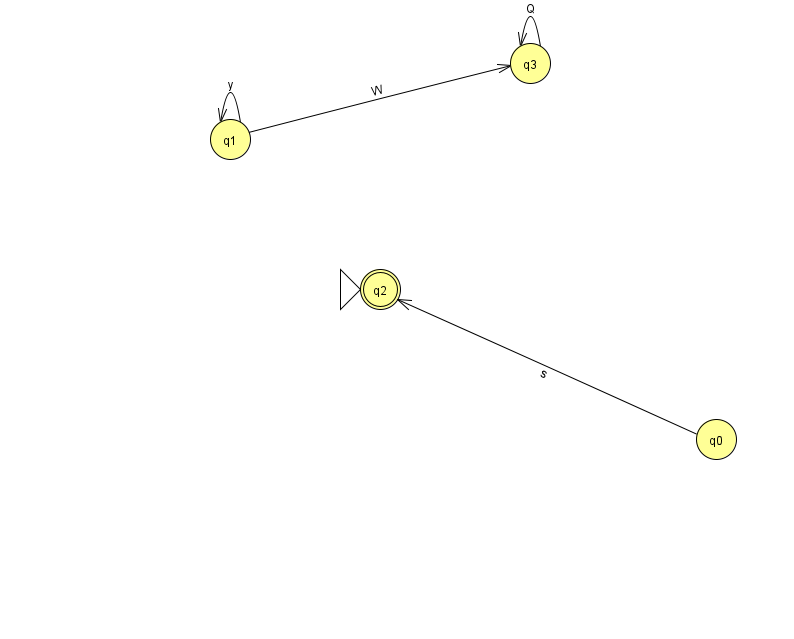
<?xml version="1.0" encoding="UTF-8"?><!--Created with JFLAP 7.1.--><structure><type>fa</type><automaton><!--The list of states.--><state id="0" name="q0"><x>716.0</x><y>426.0</y></state><state id="1" name="q1"><x>230.0</x><y>126.0</y></state><state id="2" name="q2"><x>380.0</x><y>276.0</y><initial/><final/></state><state id="3" name="q3"><x>530.0</x><y>50.0</y></state><!--The list of transitions.--><transition><from>0</from><to>2</to><read>s</read></transition><transition><from>3</from><to>3</to><read>Q</read></transition><transition><from>1</from><to>1</to><read>y</read></transition><transition><from>1</from><to>3</to><read>W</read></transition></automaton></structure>